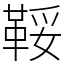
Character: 鞖